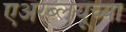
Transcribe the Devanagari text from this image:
एअरब्लयूच्या